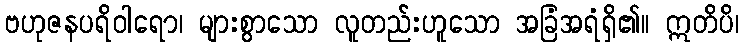
ဗဟုဇနပရိဝါရော၊ များစွာသော လူတည်းဟူသော အခြံအရံရှိ၏။ ဣတိပိ၊